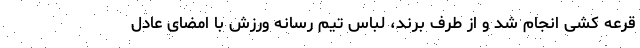
قرعه کشی انجام شد و از طرف برند، لباس تیم رسانه ورزش با امضای عادل